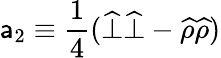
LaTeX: {\sf a}_{2}\equiv\frac{1}{4}(\widehat{\bot}\widehat{\bot}-\widehat{\rho}\widehat{\rho})